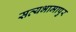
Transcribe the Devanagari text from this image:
सत्यभामापुर